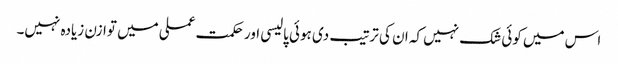
اس میں کوئی شک نہیں کہ ان کی ترتیب دی ہوئی پالیسی اور حکمت عملی میں توازن زیادہ نہیں۔